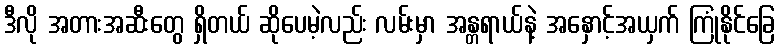
ဒီလို အတားအဆီးတွေ ရှိတယ် ဆိုပေမဲ့လည်း လမ်းမှာ အန္တရာယ်နဲ့ အနှောင့်အယှက် ကြုံနိုင်ခြေ